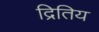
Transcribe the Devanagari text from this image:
द्रितिय